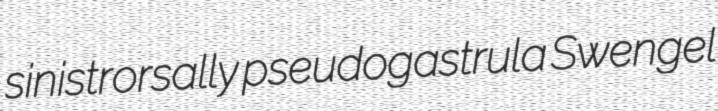
sinistrorsally pseudogastrula Swengel